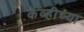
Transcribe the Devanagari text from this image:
केव्हीच्या